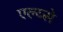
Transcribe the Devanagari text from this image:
एल्य्से